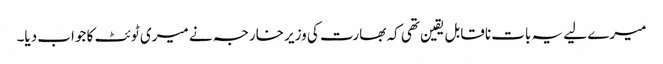
میرے لیے یہ بات ناقابل یقین تھی کہ بھارت کی وزیر خارجہ نے میری ٹوئٹ کا جواب دیا۔